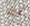
عن